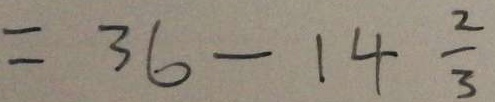
= 3 6 - 1 4 \frac { 2 } { 3 }